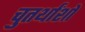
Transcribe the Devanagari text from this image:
चुतर्थांशों